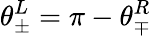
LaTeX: \theta_{\pm}^{L}=\pi-\theta_{\mp}^{R}